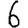
Digit: 6